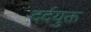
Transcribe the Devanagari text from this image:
दर्दयुक्त